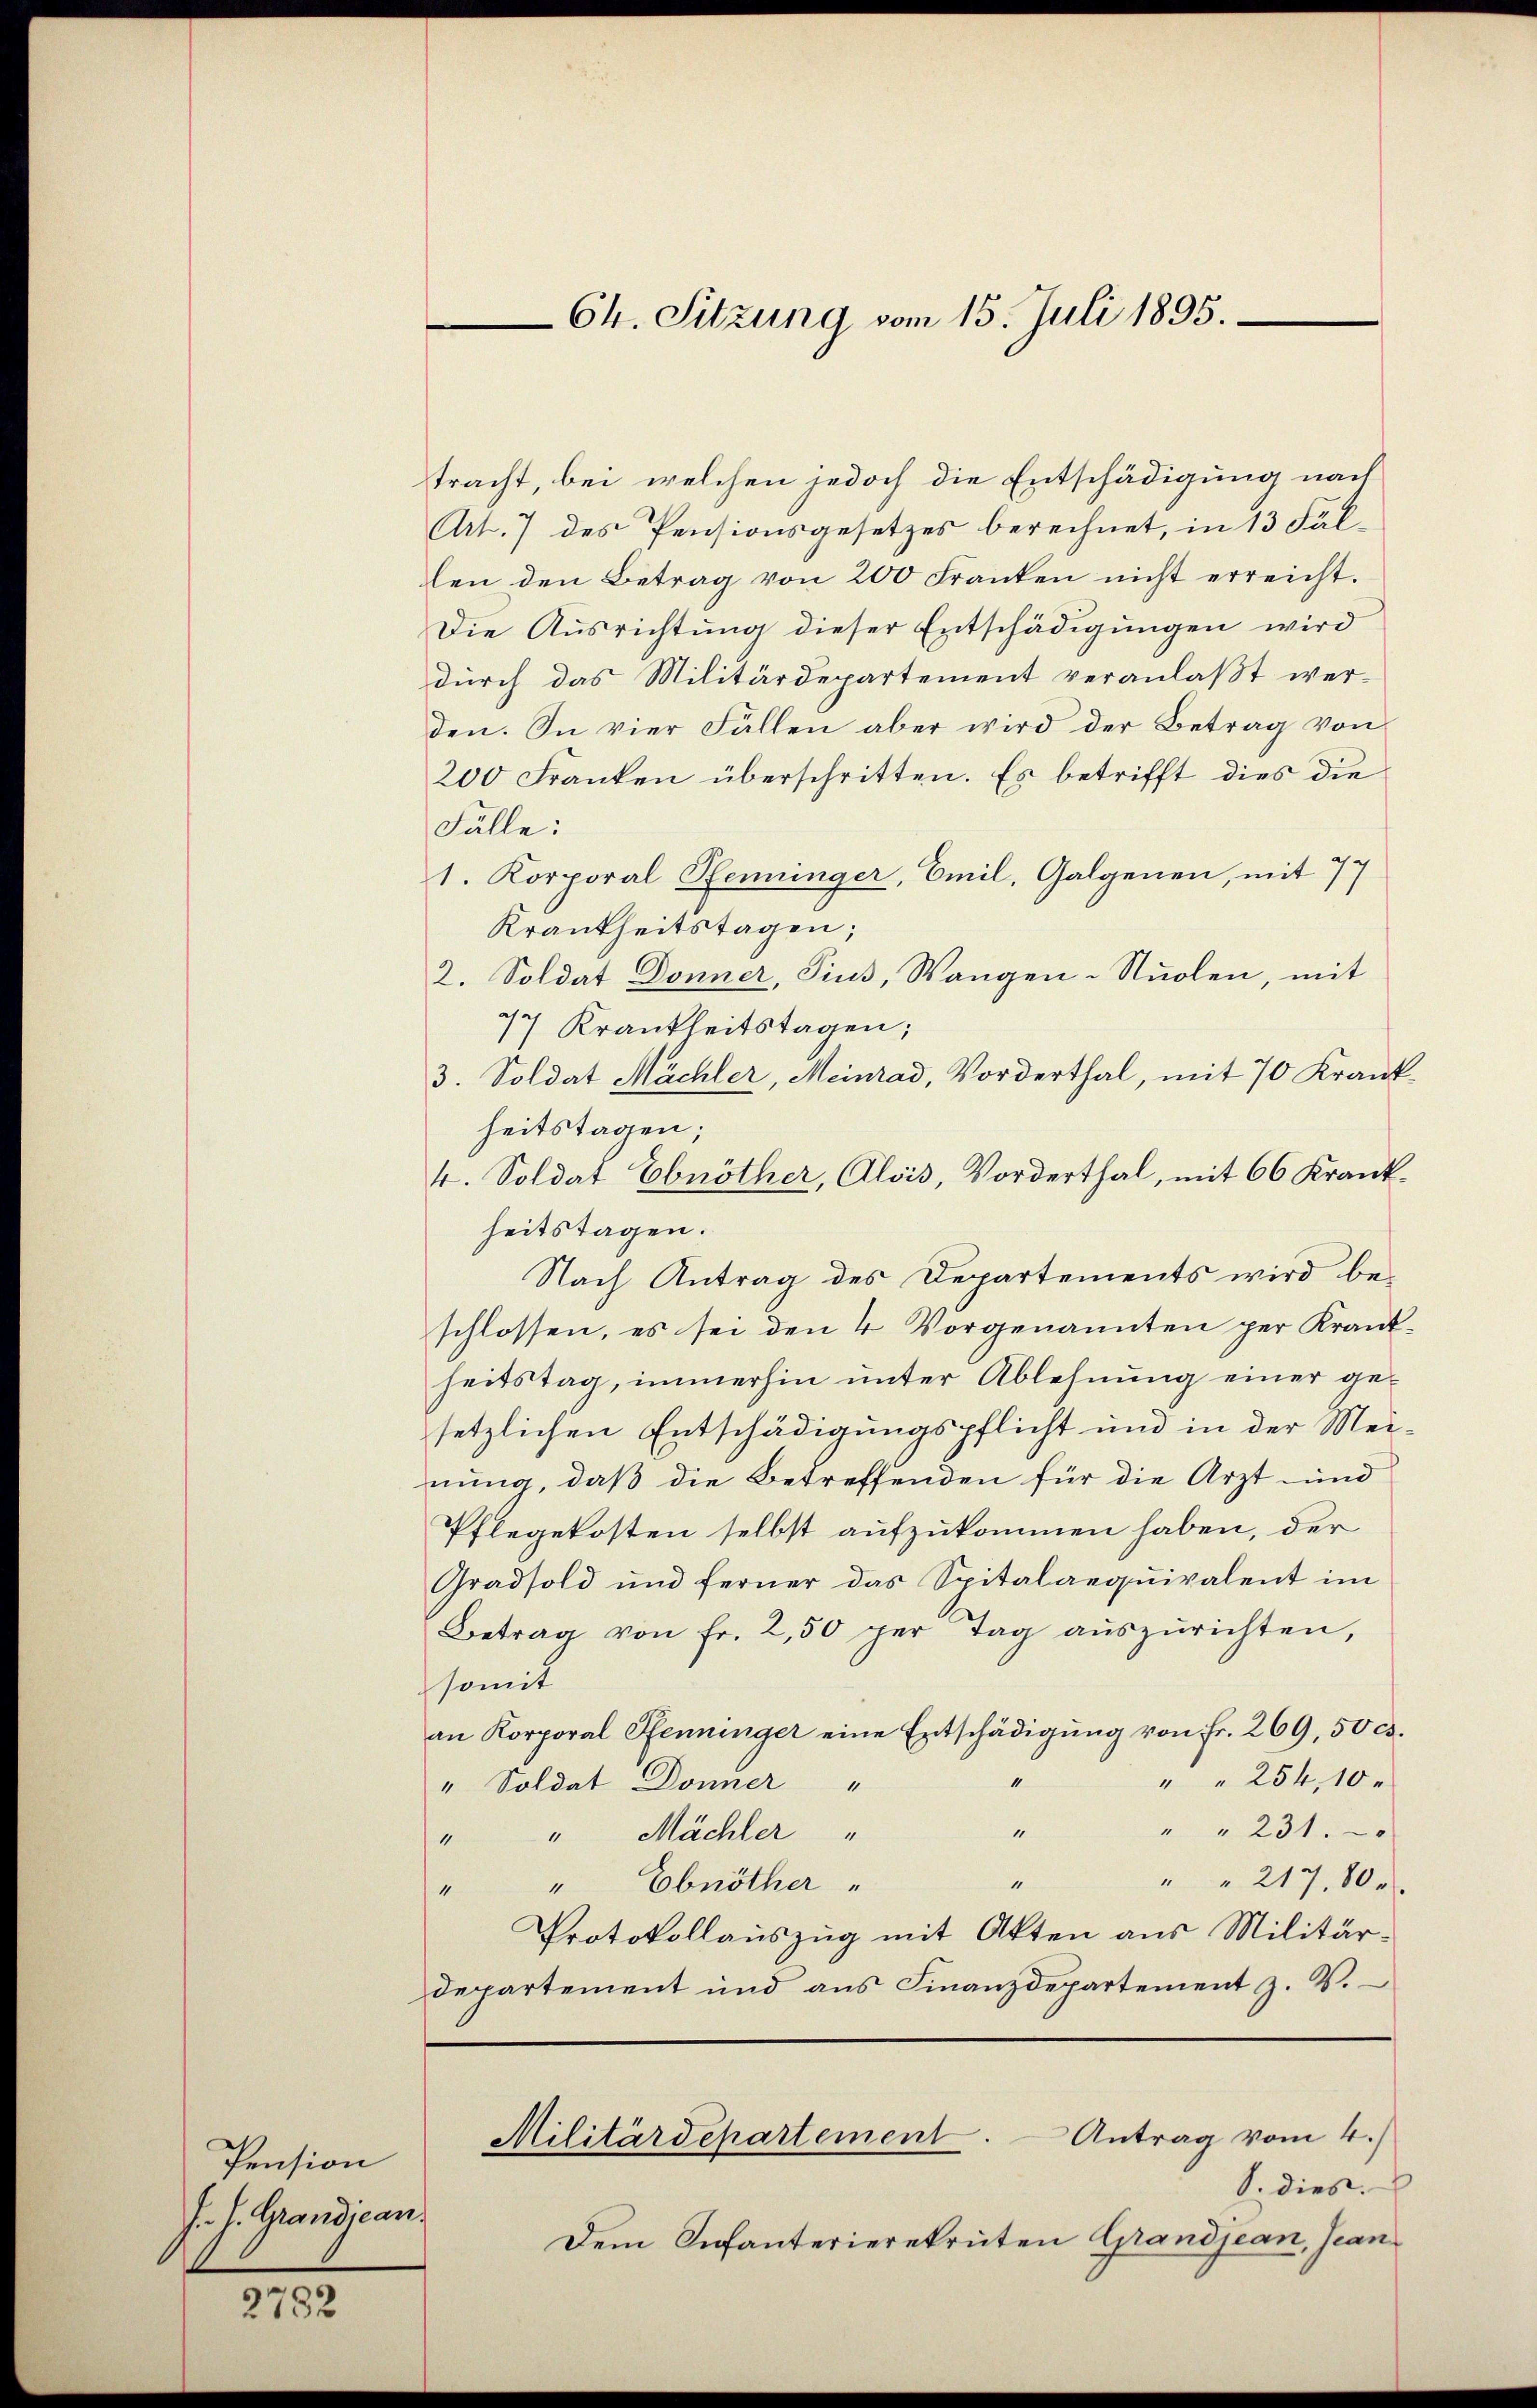
Pension
J. J. Grandican.

2782

tracht, bei welchen jedoch die Entschädigung nach
Art. 7 des Pensionsgesetzes berechnet, in 13 Fälten den Betrag von 200 Franken nicht erreicht.
Die Ausrichtŭng dieser Entschädigŭngen wird
durch das Militärdepartement veranlaßt wer-
den. In vier Fällen aber wird der Betrag von
200 Franken überschritten. Es betrifft dies die
Fälle:
1. Korporal Pfenninger, Emil, Galgenen, mit 77
Krankheitstagen;
2. Soldat Donner, Pius, Wangen-Stuolen, mit
47 Krankheitstagen;
3. Soldat Mächler, Meinrad, Vorderthal, mit 70 Krankheitstagen;
4. Soldat Ebnöther, Alois, Vorderthal, mit 66 Krankheitstagen.
Nach Antrag des Departements wird beschlossen, es sei den 4 Vorgenannten per Krankheitstag, immerhin unter Ablehnung einer gesetzlichen Entschädigungspflicht und in der Meinung, daß die Betreffenden für die Arzt und
Pflegekosten selbst aufzukommen haben, der
Gradsold und ferner das Spitalaequivalent im
Betrag von fr. 250 per Tag aŭszŭrichten,
somit
an Korporal Pfenninger eine Entschädigŭng von Fr. 269, 50 c.
" " 254,10
1
" Soldat Donner "
41
" " 231.
" " Mächler "
" " 217, 80
“
" " Ebnöther
Protokollauszug mit Akten aus Militär-
departement und aus Finanzdepartement z. V.
Militärdepartement. Antrag vom 4.)
S. dies.
Dem Infanterierekruten Grandjean, Jean¬

64. Sitzung vom 15. Juli 1895.